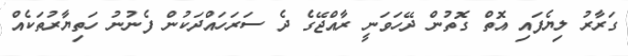
ގަރާރު ލިޔެފައި އޮތް ގޮތުން ދޭހަވަނީ ރާއްޖޭގެ ދެ ސަރަހައްދަކުން ފެނުނު ހަތިޔާރުތަކެއް